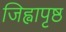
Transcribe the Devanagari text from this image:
जिह्वापृष्ठ